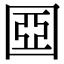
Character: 𡈀